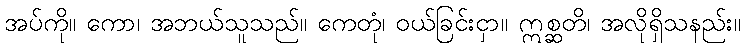
အပ်ကို။ ကော၊ အဘယ်သူသည်။ ကေတုံ၊ ဝယ်ခြင်းငှာ။ ဣစ္ဆတိ၊ အလိုရှိသနည်း။